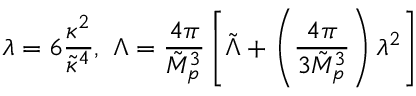
\lambda = 6 \frac { \kappa ^ { 2 } } { \tilde { \kappa } ^ { 4 } } , ~ \Lambda = \frac { 4 \pi } { \tilde { M } _ { p } ^ { 3 } } \left[ \tilde { \Lambda } + \left( \frac { 4 \pi } { 3 \tilde { M } _ { p } ^ { 3 } } \right) \lambda ^ { 2 } \right]